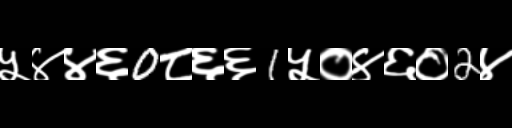
Text: ५४४६0८६६1५०४६०2४